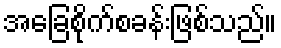
အခြေစိုက်စခန်းဖြစ်သည်။